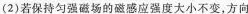
(2)若保持匀强磁场的磁感应强度大小不变，方向